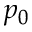
p _ { 0 }